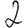
Digit: 2